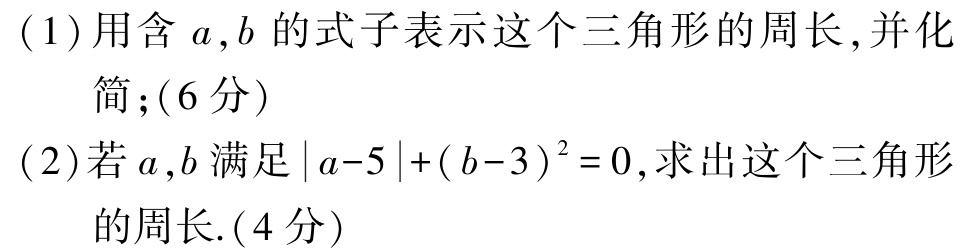
(1)用含\(a,b\)的式子表示这个三角形的周长,并化简;(6分)

(2)若\(a,b\)满足\(\vert a - 5\vert+(b - 3)^{2}=0\),求出这个三角形的周长.(4分)